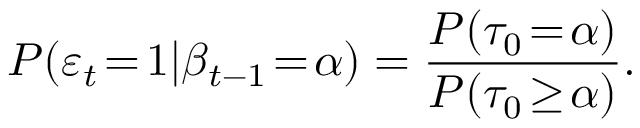
P ( \varepsilon _ { t } \! = \! 1 | \beta _ { t - 1 } \! = \! \alpha ) = \frac { P ( \tau _ { 0 } \! = \! \alpha ) } { P ( \tau _ { 0 } \! \geq \! \alpha ) } .